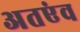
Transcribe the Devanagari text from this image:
अतएंव